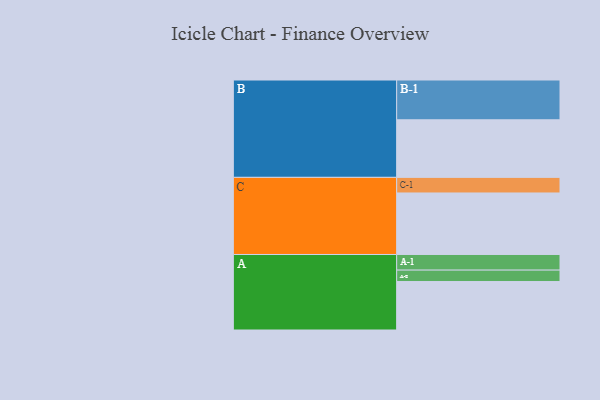
{"axis": {"x": "Segment", "y": "Value"}, "legend": ["", "A", "B", "C"], "data": [{"x": "A", "y": 357, "type": ""}, {"x": "B", "y": 424, "type": ""}, {"x": "C", "y": 453, "type": ""}, {"x": "A-1", "y": 115, "type": "A"}, {"x": "A-2", "y": 84, "type": "A"}, {"x": "B-1", "y": 293, "type": "B"}, {"x": "C-1", "y": 115, "type": "C"}]}